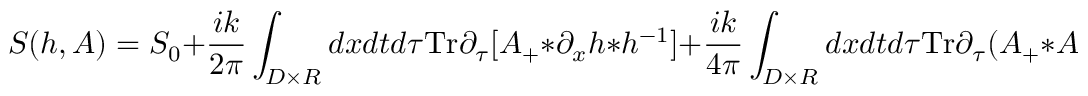
S ( h , A ) = S _ { 0 } + \frac { i k } { 2 \pi } \int _ { D \times R } d x d t d \tau \mathrm { T r } \partial _ { \tau } [ A _ { + } * \partial _ { x } h * h ^ { - 1 } ] + \frac { i k } { 4 \pi } \int _ { D \times R } d x d t d \tau \mathrm { T r } \partial _ { \tau } ( A _ { + } * A _ { x } ) ,